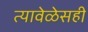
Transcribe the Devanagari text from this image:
त्यावेळेसही